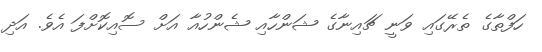
ހަފްތާގެ ތެރޭގައި ވަނީ ޗައިނާގެ ޝަންހާއި ޝެންހުއާ އަށް ސޮއިކޮށްފަ އެވެ. އަދި